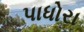
પાધોરા